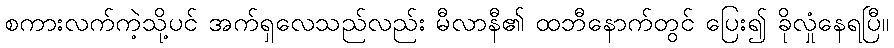
စကားလက်ကဲ့သို့ပင် အက်ရှလေသည်လည်း မီလာနီ၏ ထဘီနောက်တွင် ပြေး၍ ခိုလှုံနေရပြီ။